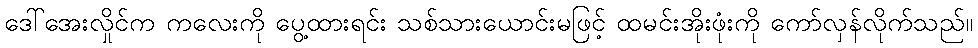
ဒေါ်အေးလှိုင်က ကလေးကို ပွေ့ထားရင်း သစ်သားယောင်းမဖြင့် ထမင်းအိုးဖုံးကို ကော်လှန်လိုက်သည်။